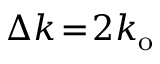
\Delta k \! = \! 2 k _ { \mathrm { o } }